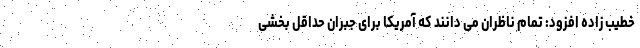
خطیب زاده افزود: تمام ناظران می دانند که آمریکا برای جبران حداقل بخشی